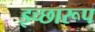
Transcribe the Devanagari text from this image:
इच्छारूप